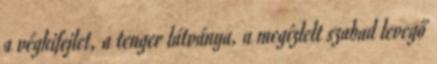
a végkifejlet, a tenger látványa, a megízlelt szabad levegő